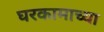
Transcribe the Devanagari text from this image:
घरकामाच्या